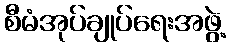
စီမံအုပ်ချုပ်ရေးအဖွဲ့